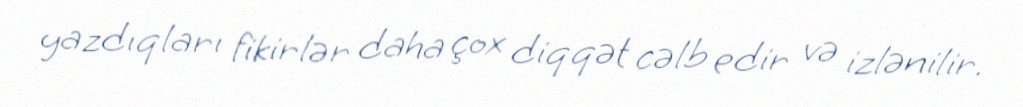
yazdıqları fikirlər daha çox diqqət cəlb edir və izlənilir.